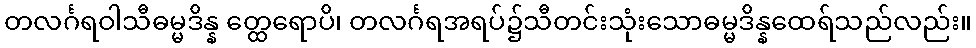
တလင်္ဂရဝါသီဓမ္မဒိန္န တ္ထေရောပိ၊ တလင်္ဂရအရပ်၌သီတင်းသုံးသောဓမ္မဒိန္နထေရ်သည်လည်း။